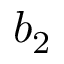
b _ { 2 }